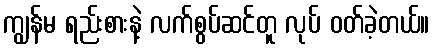
ကျွန်မ ရည်းစားနဲ့ လက်စွပ်ဆင်တူ လုပ် ဝတ်ခဲ့တယ်။